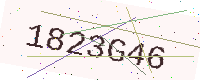
Text: 1823G46